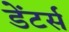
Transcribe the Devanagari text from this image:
डेंटर्स